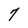
Character: 7